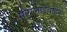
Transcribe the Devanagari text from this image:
मोगलाईबाहेर